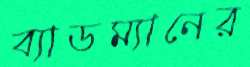
ব্যাডম্যানের